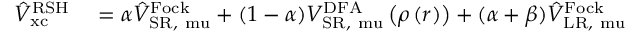
\begin{array} { r l } { \hat { V } _ { \mathrm { { x c } } } ^ { \mathrm { { R S H } } } } & { { } = \alpha \hat { V } _ { \mathrm { { S R , } \ m u } } ^ { \mathrm { { F o c k } } } + ( 1 - \alpha ) V _ { \mathrm { { S R , } \ m u } } ^ { \mathrm { { D F A } } } \left( \rho \left( \boldsymbol { r } \right) \right) + ( \alpha + \beta ) \hat { V } _ { \mathrm { { L R , } \ m u } } ^ { \mathrm { { F o c k } } } } \end{array}